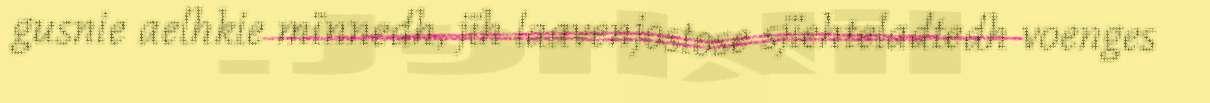
gusnie aelhkie mïnnedh, jïh laavenjostose sjïehteladtedh voenges